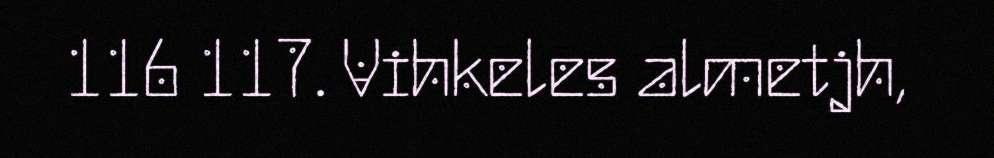
116 117. Vihkeles almetjh,